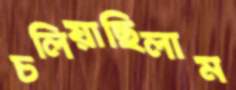
চলিয়াছিলাম